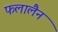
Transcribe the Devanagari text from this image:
फलालैन